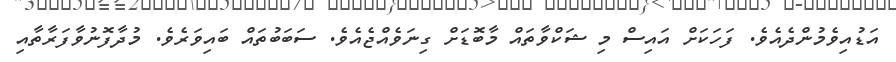
އަޑުއިވެމުންދެއެވެ. ފަހަކަށް އައިސް މި ޝަކްވާތައް މާބޮޑަށް ގިނަވެއްޖެއެވެ. ސަބަބުތައް ބައިވަރެވެ. މުދާފޮނުވާފަރާތާއި